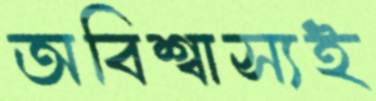
অবিশ্বাস্যই